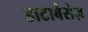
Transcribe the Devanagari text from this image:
डाटाबेसेज़